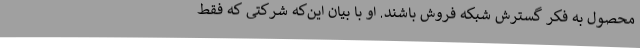
محصول به فکر گسترش شبکه فروش باشند. او با بیان این‌که شرکتی که فقط